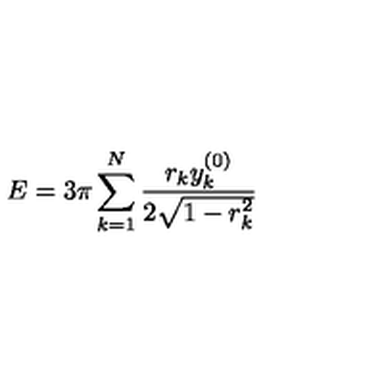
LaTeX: E = 3 \pi \sum _ { k = 1 } ^ { N } \frac { r _ { k } y _ { k } ^ { ( 0 ) } } { 2 \sqrt { 1 - r _ { k } ^ { 2 } } }